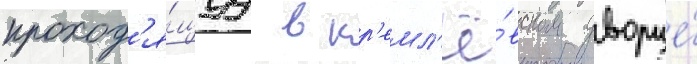
проход'я́щуу в кр'емл'ё́вском дворце́